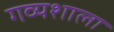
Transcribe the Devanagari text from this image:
गव्यशाला